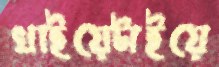
খাইয়েটাইয়ে